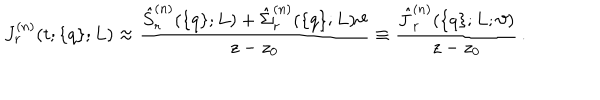
J _ { r } ^ { ( n ) } ( t ; \{ q \} ; L ) \approx \frac { \hat { S } _ { r } ^ { ( n ) } ( \{ q \} ; L ) + \hat { \Sigma } _ { r } ^ { ( n ) } ( \{ q \} ; L ) \vartheta } { z - z _ { 0 } } \equiv \frac { \hat { J } _ { r } ^ { ( n ) } ( \{ q \} ; L ; \vartheta ) } { z - z _ { 0 } } \, .